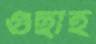
গুছাই